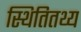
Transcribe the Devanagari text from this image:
स्थितितथ्य